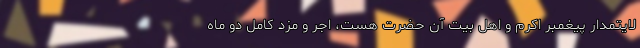
لایتمدار پیغمبر اکرم و اهل بیت آن حضرت هست، اجر و مزد کامل دو ماه